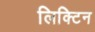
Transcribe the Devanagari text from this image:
लिक्टिन